Vaccination in Bombay 1856-1862 - 1856-1862
Year: 1856
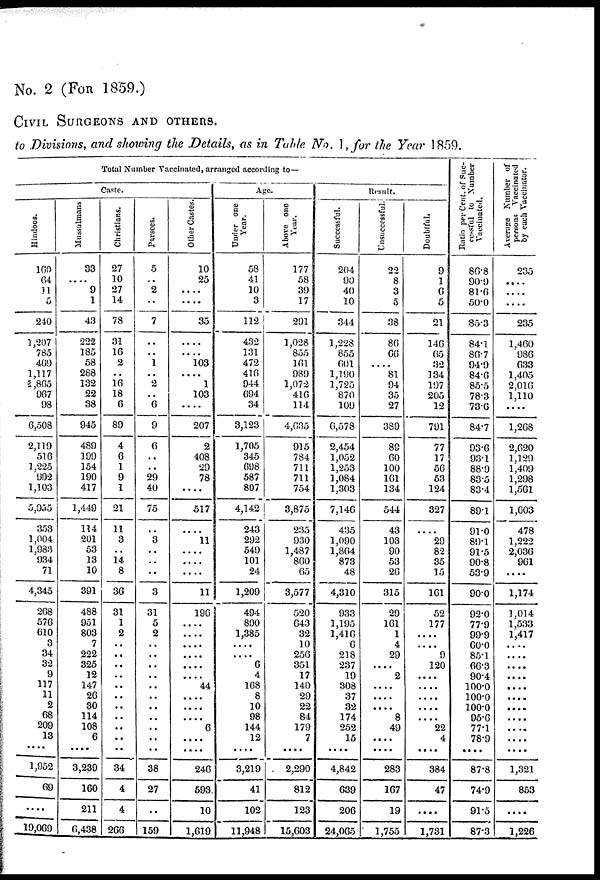
No. 2 (FOR 1859.)
CIVIL SURGEONS AND OTHERS.
to Divisions, and showing the Details, as in Table No. 1,for the Year 1859.
Total Number Vaccinated, arranged according to—
Caste.
Hindoos.
160
64
31
5
240
1,207
785
469
1,117
5,805
967
98
6,508
2,119
516
1,225
992
1,103
5,955
353
1,004
1,983
934
71
4,345
268
576
610
3
34
32
9
117
11
2
68
209
13
..
1,952
69
....
19,069
Mussulmans
33
.... 9
1
43
222
185
58
288
132
22
38
945
489
199
154
190
417
1,449
114
201
53
13
10
391
488
951
803
7
222
325
12
147
26
30
114
108
6
....
3,239
160
211
6,438
Christians.
27
10
27
14
78
31
16
2
..
16
18
6
89
4
6
1
9
1
21
11
3
.. 14
8
36
31
1
2
..
..
..
..
..
..
..
..
..
..
..
34
4
4
266
Parsees.
5
.. 2
..
7
..
.. 1
..
2
.. 6
9
6
..
..
29
40
75
..
3
..
..
..
3
31
5
2
..
..
..
..
..
..
..
..
..
..
..
38
27
..
159
Other Castes.
10
25
....
....
35
....
.... 103
....
1
103
....
207
2
408
29
78
....
517
....
11
....
....
....
11
196
....
....
....
....
....
.... 44
....
....
.... 6
....
....
246
593
10
1,619
Age.
Under one
Year.
58
41
10
3
112
432
131
472
416
944
694
34
3,123
1,705
345
698
587
807
4,142
243
292
549
101
24
1,209
494
890
1,385
....
.... 6
4
168
8
10
98
144
12
....
3,219
41
102
11,948
Above one
Year.
177
58
39
17
291
1,028
855
161
989
1,072
416
114
4,635
915
784
711
711
754
3,875
235
930
1,487
860
65
3,577
520
643
32
10
256
351
17
140
29
22
84
179
7
....
2,290
812
123
15,603
Result.
Successful.
204
90
40
10
344
1,228
855
601
1,190
1,725
870
109
6,578
2,454
1,052
1,253
1,084
1,303
7,146
435
1,090
1,864
873
48
4,310
933
1,195
1,416
6
218
237
19
308
37
32
174
252
15
....
4,842
639
206
24,065
Unsuccessful.
22
8
3
5
33
86
66
.... 81
94
35
27
389
89
60
100
161
134
544
43
103
90
53
26
315
29
161
1
4
29
.... 2
....
....
.... 8
49
....
....
283
167
19
1,755
Doubtful.
9
1
6
5
21
140
65
32
134
197
205
12
791
77
17
56
53
124
327
....
29
82
35
15
161
52
177
....
.... 9
120
....
....
....
....
.... 22
4
.. ..
384
47
....
1,731
Ratio per Cent. of Suc-
cessful to Number
Vaccinated.
86.8
90.9
81.6
50.0
85.3
84.1
86.7
94.9
84.6
85.5
78.3
736
84.7
93.6
931
88.9
83.5
83.4
89.1
91.0
89.1
91.5
90.8
53.9
90.0
92.0
77.9
99.9
60.0
85.1
66.3
90.4
100.0
100.0
100.0
95.6
77.1
78.9
....
87.8
74.9
91.5
87.3
Average Number of
persons Vaccinated
by each Vaccinator.
235
....
....
....
235
1,460
986
633
1,405
2,016
1,110
....
1,268
2,620
1,129
1,409
1,298
1,561
1,603
478
1,222
2,036
961
....
1,174
1,014
1,533
1,417
....
....
....
....
....
....
....
....
....
....
....
1,321
853
....
1,226